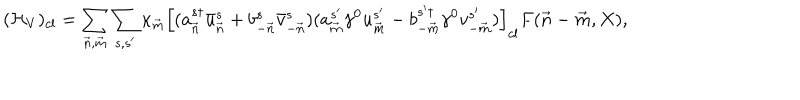
LaTeX: ( { \cal H } _ { V } ) _ { c l } = \sum _ { { \vec { n } } , { \vec { m } } } \sum _ { s , s ^ { \prime } } \kappa _ { \vec { m } } \left[ ( a _ { \vec { n } } ^ { s \dagger } \bar { u } _ { \vec { n } } ^ { s } + b _ { - { \vec { n } } } ^ { s } \bar { v } _ { - { \vec { n } } } ^ { s } ) ( a _ { \vec { m } } ^ { s ^ { \prime } } \gamma ^ { 0 } u _ { \vec { m } } ^ { s ^ { \prime } } - b _ { - { \vec { m } } } ^ { s ^ { \prime } \dagger } \gamma ^ { 0 } v _ { - { \vec { m } } } ^ { s ^ { \prime } } ) \right] _ { c l } F ( { \vec { n } } - { \vec { m } } , X ) ,